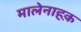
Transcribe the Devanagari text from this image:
मालेनाहक़